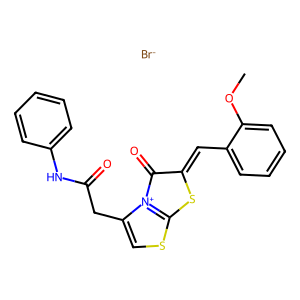
SMILES: COc1ccccc1C=C1Sc2scc(CC(=O)Nc3ccccc3)[n+]2C1=O.[Br-]
Inhibits HIV replication: No